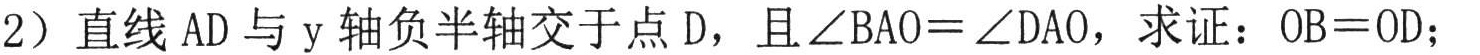
2）直线\(AD\)与\(y\)轴负半轴交于点\(D\)，且\(\angle BAO = \angle DAO\)，求证：\(OB = OD\)；